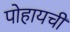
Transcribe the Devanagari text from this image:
पोहायची